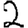
Digit: 2